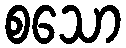
စသော